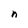
Character: n